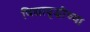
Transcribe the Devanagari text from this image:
विद्यावृद्धीच्या